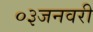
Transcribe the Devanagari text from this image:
०३जनवरी